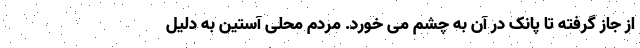
از جاز گرفته تا پانک در آن به چشم می خورد. مردم محلی آستین به دلیل